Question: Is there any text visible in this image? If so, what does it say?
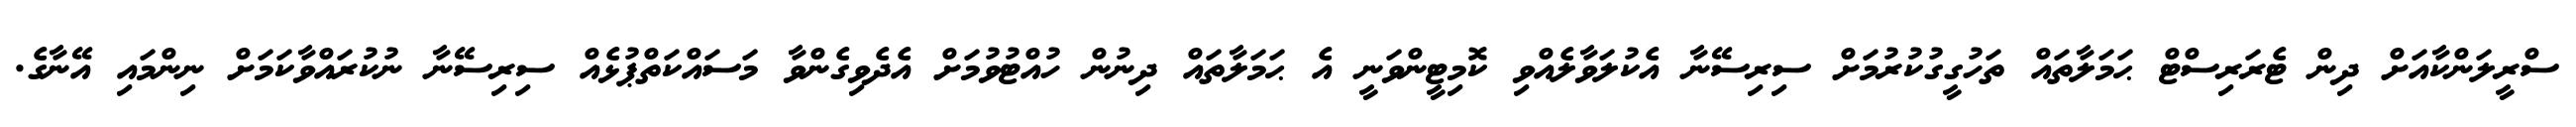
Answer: ސްރީލަންކާއަށް ދިން ޓެރަރިސްޓް ޙަމަލާތައް ތަހުގީގުކުރުމަށް ސިރިސޭނާ އެކުލަވާލެއްވި ކޮމިޓީންވަނީ އެ ޙަމަލާތައް ދިނުން ހުއްޓުވުމަށް އެދެވިގެންވާ މަސައްކަތްޕުޅެއް ސިރިސޭނާ ނުކުރައްވާކަމަށް ނިންމައި އޭނާގެ.